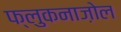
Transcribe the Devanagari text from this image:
फ्लुकनाज़ोल